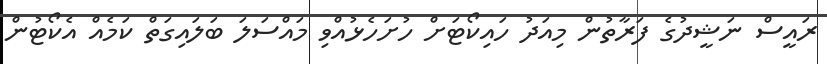
ރައީސް ނަޝީދުގެ ފަރާތުން މިއަދު ހައިކޯޓަށް ހުށަހެޅުއްވި މައްސަލަ ބަލައިގަތް ކަމެއް އެކޯޓުން